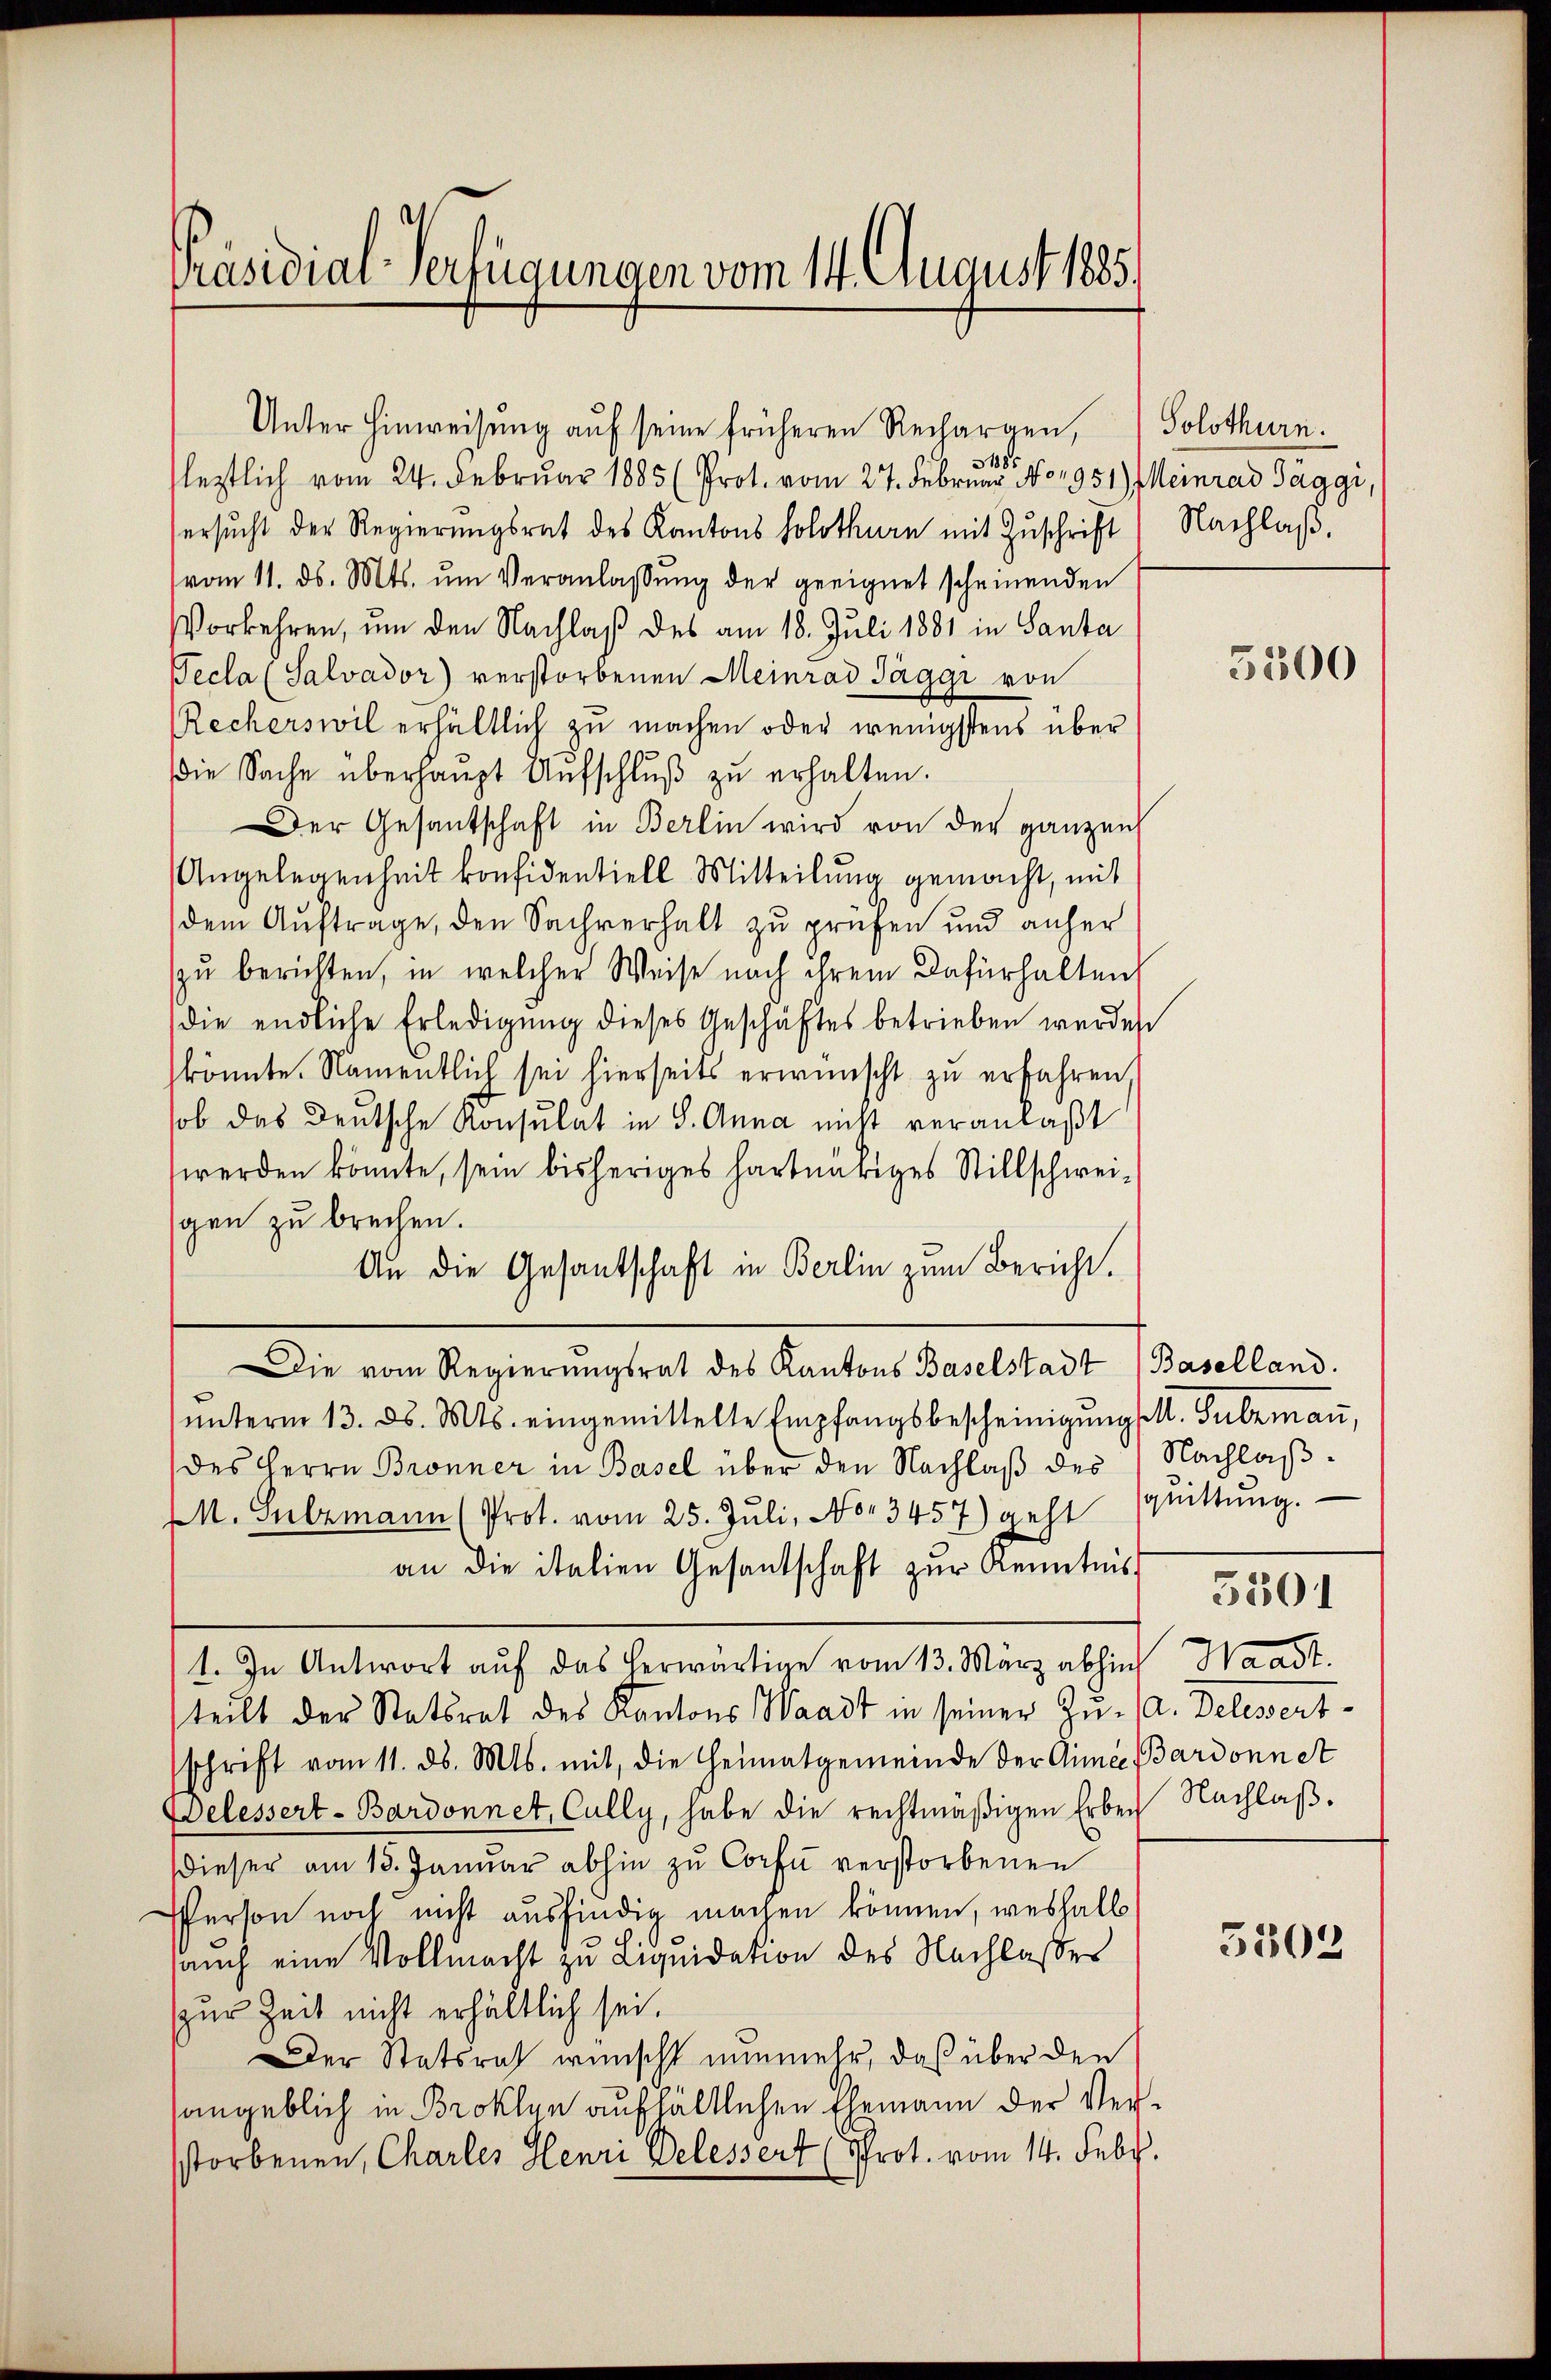
Präsidial-Verfügungen vom 14. August 1885.

Unter Hinweisŭng aŭf seine früheren Rechargen,
318.
leztlich vom 24. Februar 1885 (Prot. vom 27. Februar No. 1951) Meinrad Jäggi,
ersŭcht der Regierŭngsrat des Kantons Solothurn mit Zŭschrift) Nachlaβ.
vom 11. ds. Mts. ŭm Veranlassŭng der geeignet scheinenden
Vorkehren, um den Nachlaß des am 18. Juli 1881 in Santa
Pecla (Salvador) verstorbenen Meinrad Jäggi von
Recherswil erhältlich zu machen oder wenigstens über
die Sache überhaŭpt Aŭfschlŭβ zŭ erhalten.
Der Gesantschaft in Berlin wird von der ganzen
Angelegenheit konfidentiell Mitteilung gemacht, mit
dem Auftrage, den Sachverhalt zu prüfen und anher
zu berichten, in welcher Weise nach ihrem Dafürhalten,
die endliche Erledigŭng dieses Geschäftes betrieben werden
könnte. Namentlich sei hierseits erwünscht zu erfahren.
sob das Deutsche Konsulat in S. Anna nicht veranlaßt
werden könnte, sein bisheriges hartnätiges Stillschweigen zu brechen.
An die Gesantschaft in Berlin zum Bericht.
Die vom Regierŭngsrat des Kantons Baselstadt Baselland.
ŭnterm 13. ds. Mts. eingemittelte Empfangsbescheinigŭng M. Sulzmaṅ,
des Herrn Bronner in Basel über den Nachlaß des Nachlaß¬
M. Sulzmann (Prot. vom 25. Jŭli, No 3457) geht sprittŭng.
an die italien Gesantschaft zŭr Kenntnis
1. In Antwort auf das herwärtige vom 13. März abhin Waadt.
steilt der Statsrat des Kantons Waadt in seiner Zu- a. Delesent-
schrift vom 11. ds. Mts. mit, die Heimatgemeinde der Armee (Bardonnet
elessert-Bardonnet, Cully, habe die rechtmäßigen Erben Nachlaβ.
dieser am 15. Januar abhin zu Consu verstorbenen
PPerson noch nicht ausfindig machen können, weshalb
sauch eine Vollmacht zu Liquidation des Nachlasser
zur Zeit nicht erhältlich sei.
Der Statsrat wünscht nunmehr, daß über den
angeblich in Broklyn aufhältlichen Ehemann der Versstorbenen, Charles Henri Delessert (Prot. vom 14. Febr.

Solothurn.

5300

.
5301

5303